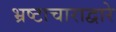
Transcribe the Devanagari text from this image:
भ्रष्टाचाराद्वारे